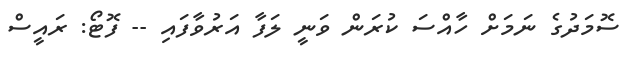
ސޮމަދުގެ ނަމަށް ހާއްސަ ކުރަން ވަނީ ލަފާ އަރުވާފައި -- ފޮޓޯ: ރައީސް